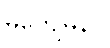
မကျေမနပ်